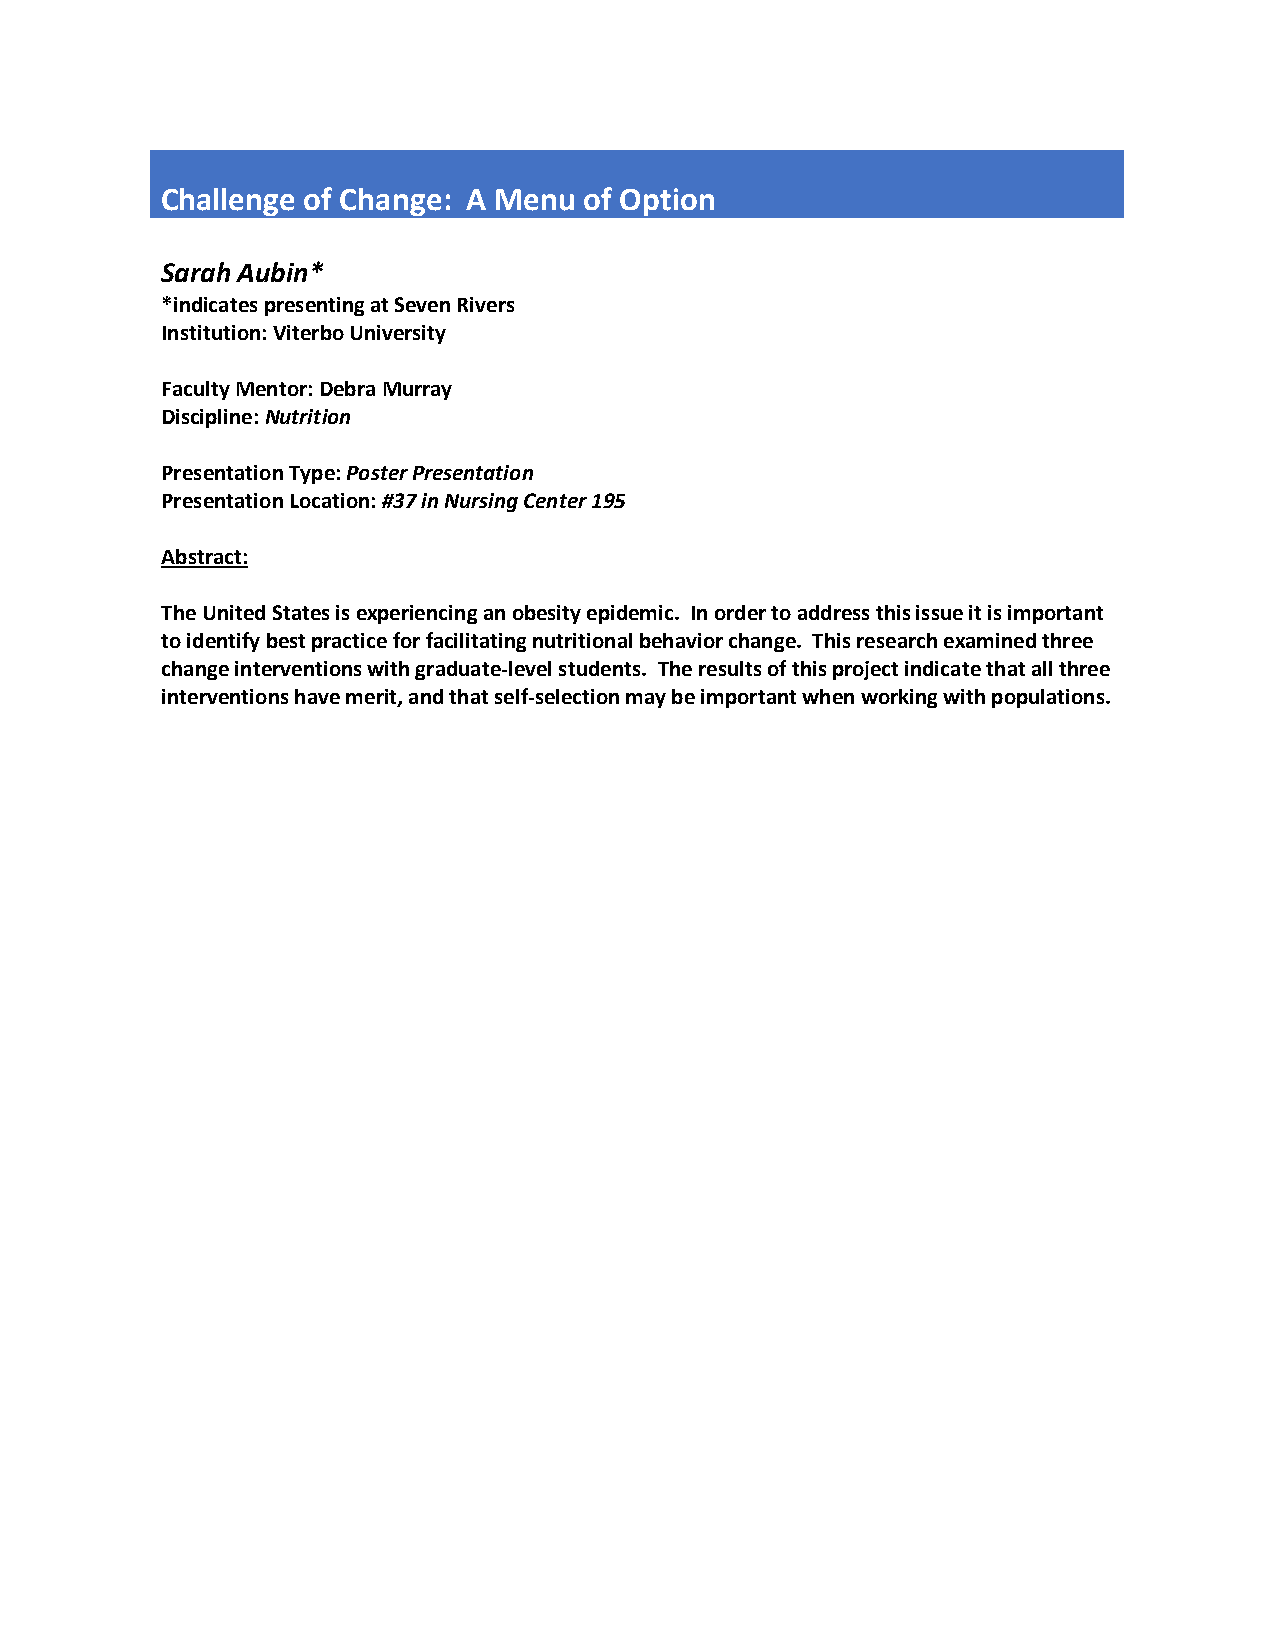
Challenge of Change: A Menu of Option
 Sarah Aubin*
 *indicates presenting at Seven Rivers
 Institution: Viterbo University
 Faculty Mentor: Debra Murray
 Discipline: Nutrition
 Presentation Type: Poster Presentation
 Presentation Location: #37 in Nursing Center 195
 Abstract:
 The United States is experiencing an obesity epidemic. In order to address this issue it is important
 to identify best practice for facilitating nutritional behavior change. This research examined three
 change interventions with graduate-level students. The results of this project indicate that all three
 interventions have merit, and that self-selection may be important when working with populations.